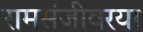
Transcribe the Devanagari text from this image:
रामसंजीवरया